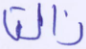
زالتا